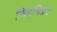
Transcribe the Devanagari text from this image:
सिद्धिप्रदं